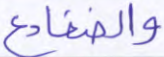
والضفادع